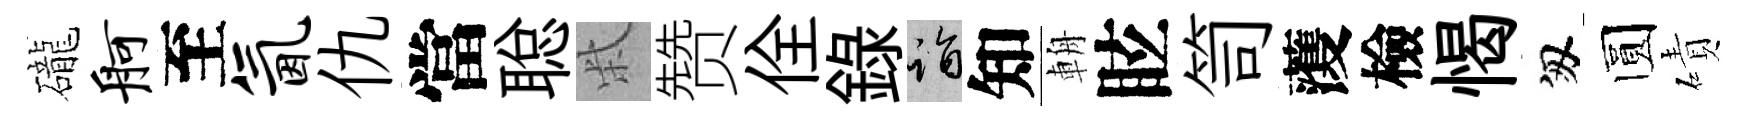
礲舸至氤仇當聪柴赞佺録诣知輈眩笥𮑮檢愒匆圆磧